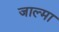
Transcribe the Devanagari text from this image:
जाल्मा